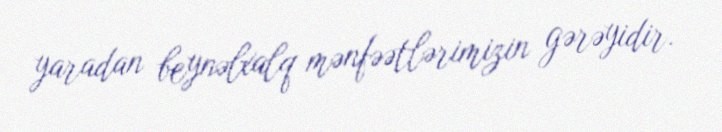
yaradan beynəlxalq mənfəətlərimizin gərəyidir.